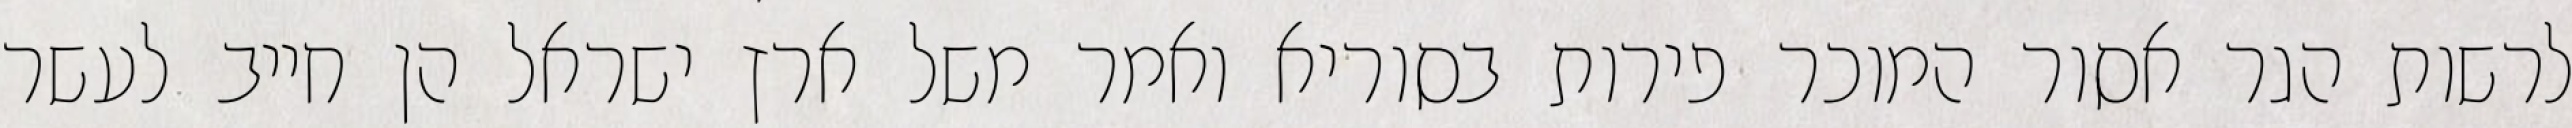
לרשות הגר אסור המוכר פירות בסוריא ואמר משל ארץ ישראל הן חייב לעשר